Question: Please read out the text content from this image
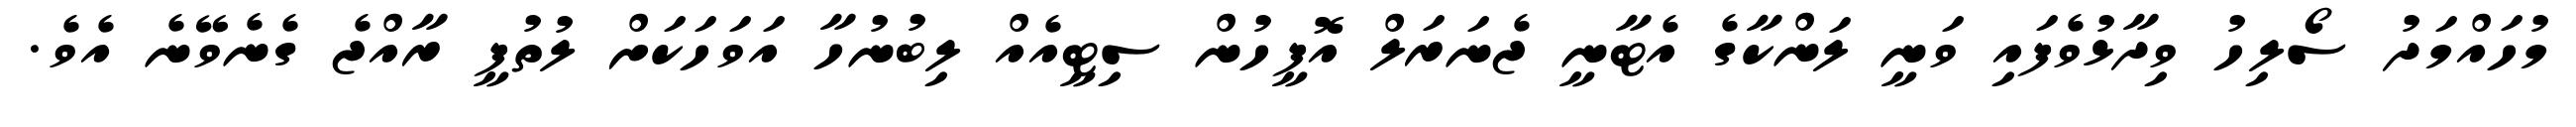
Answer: މުހައްމަދު ސޯލިހު ވިދާޅުވެފައި ވަނީ ލަންކާގެ އެޓާނީ ޖެނަރަލް އޮފީހުން ސިޓީއެއް ލިބުނުހާ އަވަހަކަށް ލުތުފީ ރާއްޖެ ގެނެވޭނެ އެވެ.